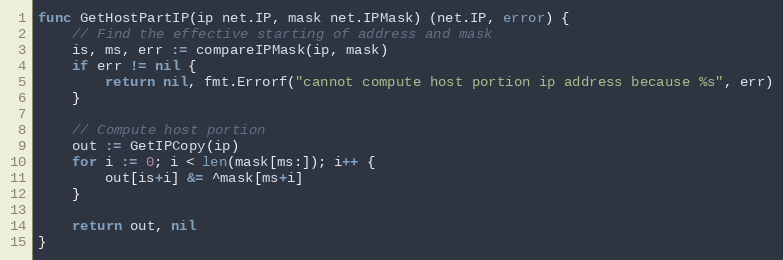
Language: Go
func GetHostPartIP(ip net.IP, mask net.IPMask) (net.IP, error) {
	// Find the effective starting of address and mask
	is, ms, err := compareIPMask(ip, mask)
	if err != nil {
		return nil, fmt.Errorf("cannot compute host portion ip address because %s", err)
	}

	// Compute host portion
	out := GetIPCopy(ip)
	for i := 0; i < len(mask[ms:]); i++ {
		out[is+i] &= ^mask[ms+i]
	}

	return out, nil
}